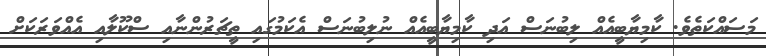
މަސައްކަތެވެ. ކާމިޔާބީއެއް ލިބުނަސް އަދި ކާމިޔާބީއެއް ނުލިބުނަސް އެކަމުގައި ތީޗަރުންނާއި ސްކޫލާއި އެއްވަރަކަށް